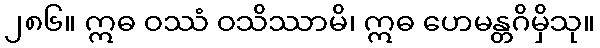
၂၈၆။ ဣဓ ဝဿံ ဝသိဿာမိ၊ ဣဓ ဟေမန္တဂိမှိသု။